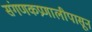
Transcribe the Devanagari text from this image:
संगणकप्रणालीपासून